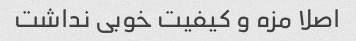
اصلا مزه و کیفیت خوبی نداشت